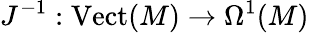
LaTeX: J^{-1}:{\mathrm{Vect}}(M)\to\Omega^{1}(M)